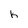
Character: k